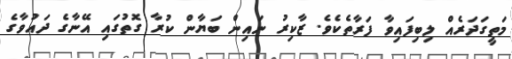
މަތީގަދަރެއް ލިބިފައިވާ ފަރާތެކެވެ. ޒާކިރު ނައިން ބަޔާން ކުރާ ގޮތުގައި އޭނާގެ ދައުވާގެ